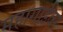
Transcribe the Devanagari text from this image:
महागाईवर